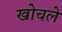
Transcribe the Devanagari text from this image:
खोचले